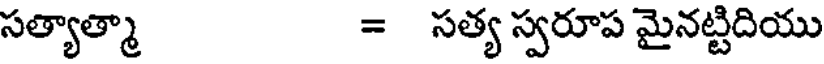
సత్యాత్మా = సత్య స్వరూప మైనట్టిదియు